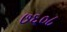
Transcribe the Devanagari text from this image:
७६०८